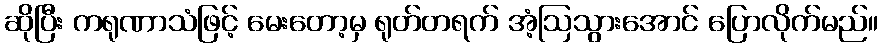
ဆိုပြီး ကရုဏာသံဖြင့် မေးတော့မှ ရုတ်တရက် အံ့ဩသွားအောင် ပြောလိုက်မည်။